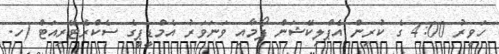
ހަވީރު 4:00 ގެ ކުރިން އެޕްލިކޭޝަން ފޯމާއި ވަނަވަރު އެމްޑީޕީގެ ސެކްރެޓޭރިއަޓް (ހ.